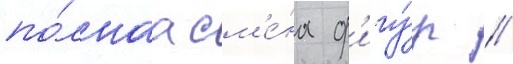
по́лнаа см'е́на ф'игу́р //